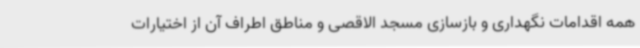
همه اقدامات نگهداری و بازسازی مسجد الاقصی و مناطق اطراف آن از اختیارات